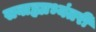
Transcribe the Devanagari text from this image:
सबाह्याभ्यंतरीं